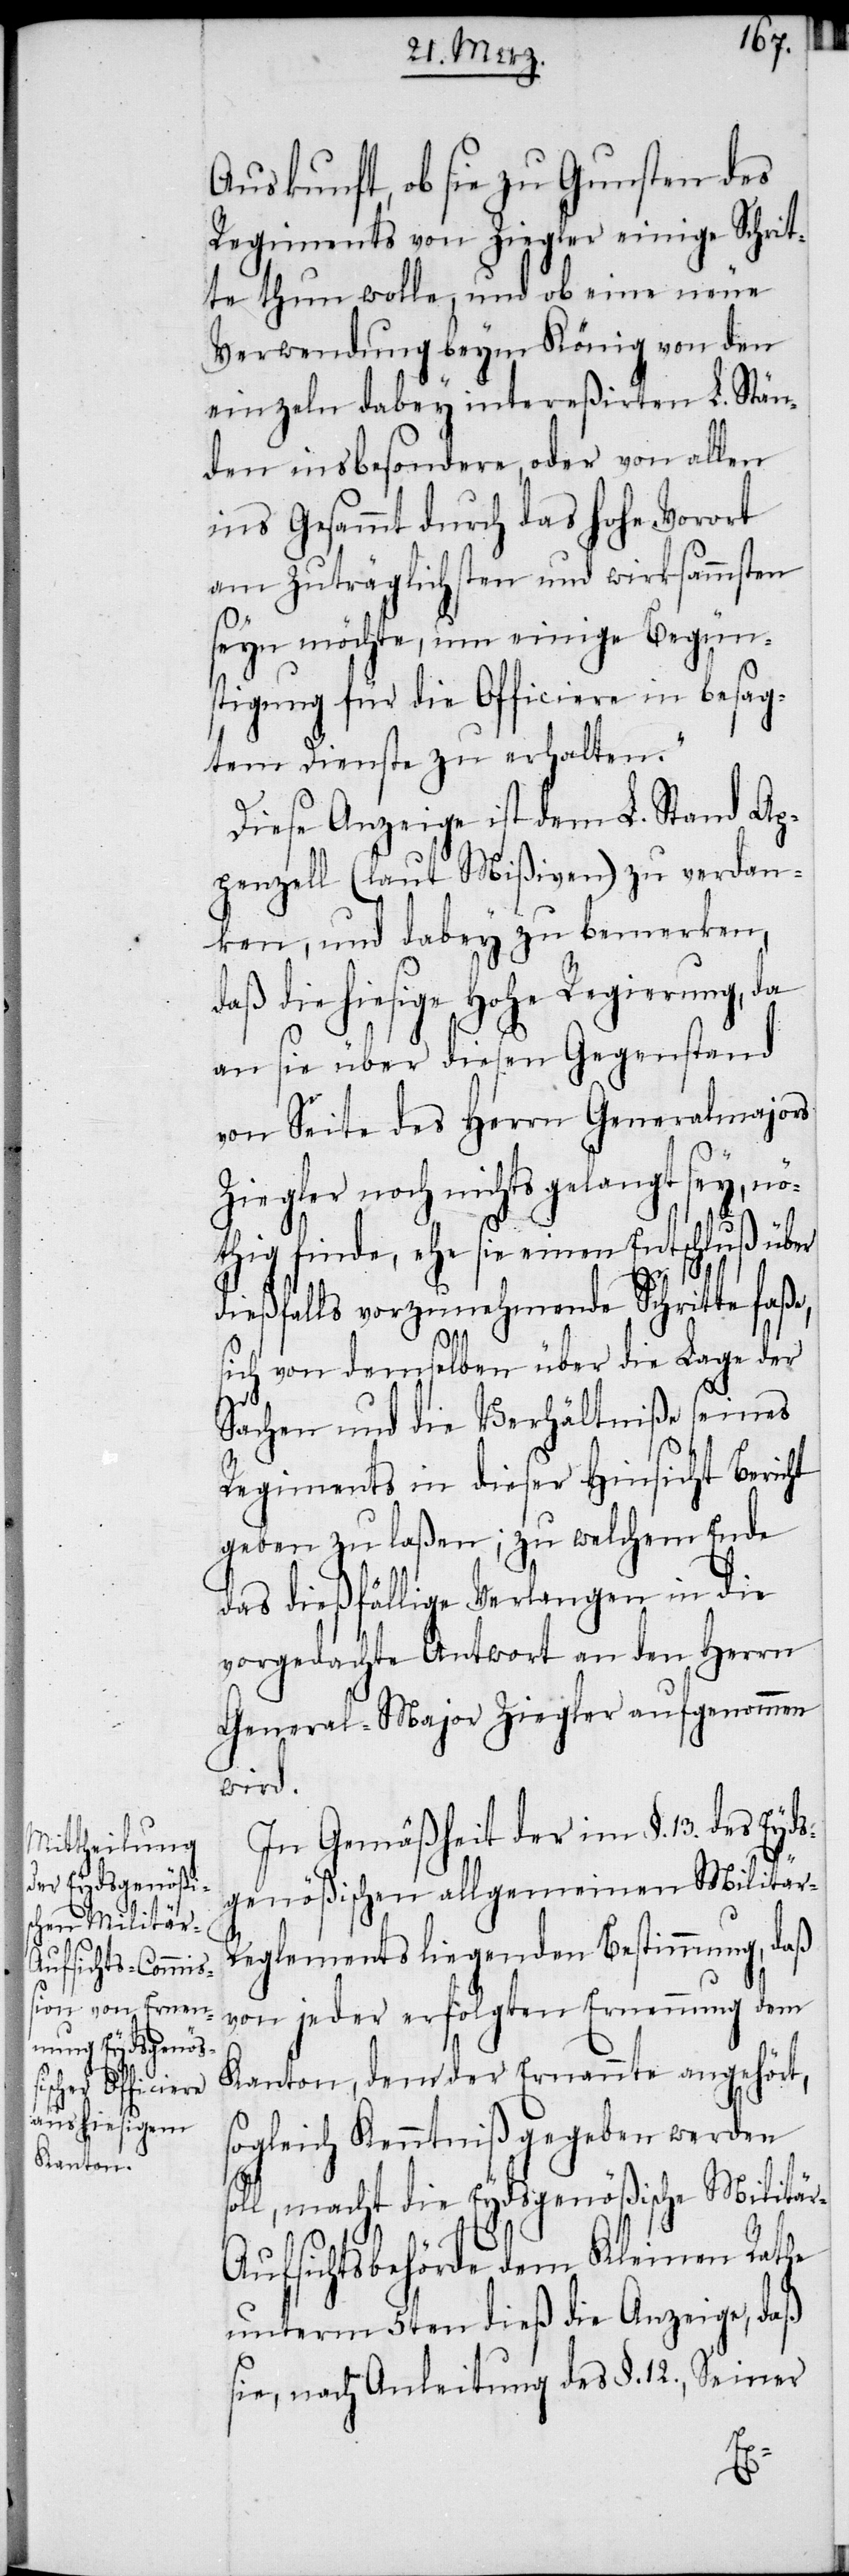
Auskunft, ob sie zu Gunsten des
Regiments von Ziegler einige Schrit¬
te thun wolle, und ob eine neue
Verwendung beym König von den
einzeln dabey intereßirten L. Stän¬
den insbesondere, oder von allen
ins Gesammt durch das hohe Vorort
am Zuträglichsten und wirksammsten
seyn möchte, um einige Begün¬
stigung für die Officiere in besag¬
tem Dienste zu erhalten.“
Diese Anzeige ist dem L. Stand Ap¬
penzell (laut Mißiven) zu verdan¬
ken, und dabey zu bemerken,
daß die hiesige Hohe Regierung, da
an sie über diesen Gegenstand
von Seite des Herrn Generalmajors
Ziegler noch nichts gelangt sey, nö¬
thig finde, ehe sie einen Entschluß über
dießfalls vorzunehmende Schritte faße,
ich von demselben über die Lage der
Sachen und die Verhältniße seines
Regiments in dieser Hinsicht Bericht
geben zu laßen; zu welchem Ende
das dießfällige Verlangen in die
vorgedachte Antwort an den Herrn
General-Major Ziegler aufgenommen
wird.
In Gemäßheit der im §. 13. des Eyds¬
genößischen allgemeinen Militär-R¬
eglements liegenden Bestimmung, daß
von jeder erfolgten Ernennung dem
Kanton, dem der Ernannte angehört,
sogleich Kenntniß gegeben werden
soll, macht die Eydsgenößische Militä¬
r-Aufsichtsbehörde dem Kleinen Rathe
unterm 5ten dieß die Anzeige, daß
sie, nach Anleitung des §. 12., Seiner
s¬